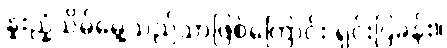
နူးညံ့သိမ်မွေ့သည်သာဖြစ်ကြောင်း ရှင်းပြခန်း။